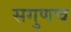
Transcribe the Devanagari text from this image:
सगुणच